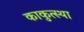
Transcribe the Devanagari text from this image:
काकुत्स्था